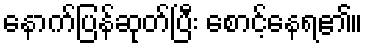
နောက်ပြန်ဆုတ်ပြီး စောင့်နေရ၏။